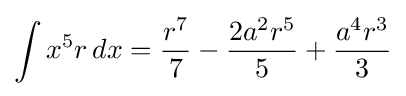
\int x^{5}r\,dx={\frac {r^{7}}{7}}-{\frac {2a^{2}r^{5}}{5}}+{\frac {a^{4}r^{3}}{3}}